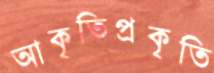
আকৃতিপ্রকৃতি